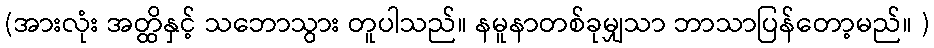
(အားလုံး အတ္ထိနှင့် သဘောသွား တူပါသည်။ နမူနာတစ်ခုမျှသာ ဘာသာပြန်တော့မည်။ )